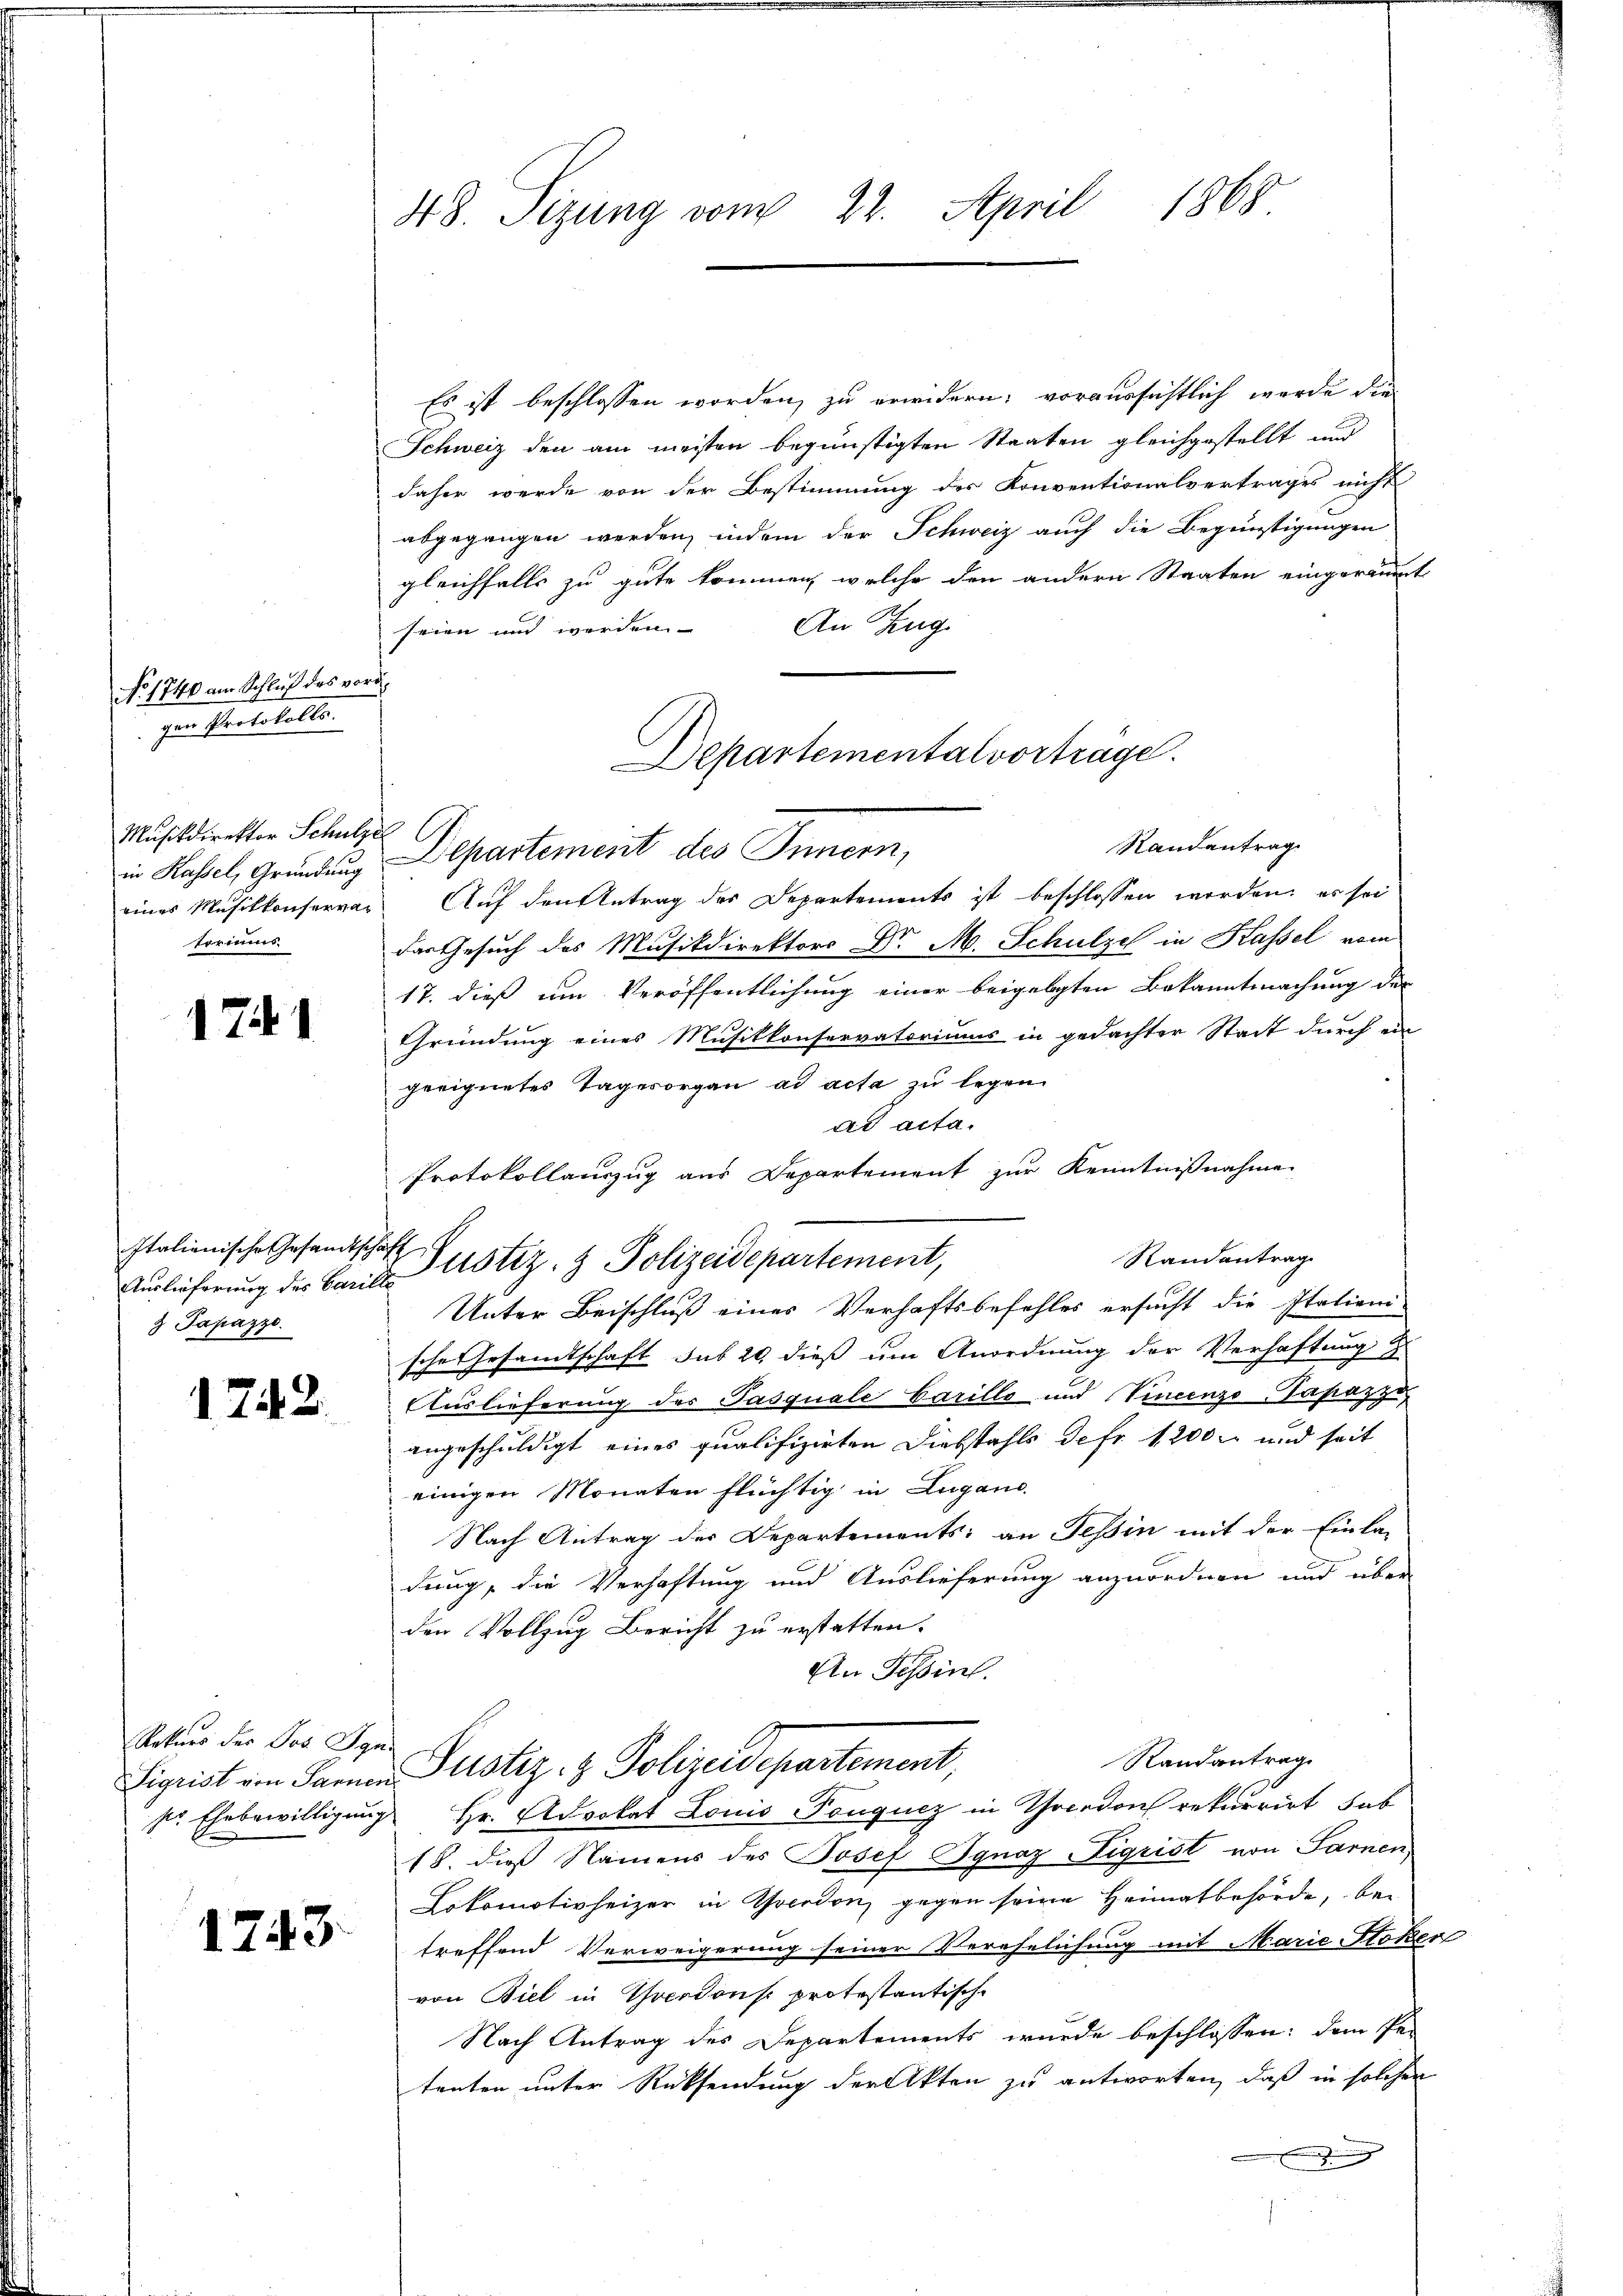
No. 1740 am Schluß des vordgen Protokolls.
Musikdirektor Schulze
Formus.

1741

Auslieferung des Carille
3 Papazzo.

1742.

Es ist beschlossen worden, zu erwidern; voraussichtlich werde die
Schweiz den am meisten begünstigten Staaten gleichgestellt und
daher werde von der Bestimmung des Konventionalvertrages nicht
abgegangen werden, indem der Schweiz auch die Begünstigungen
gleichfalls zu gute kommen, welche den andern Staaten eingeräumt
An Zug.
seien und werden
in Kassel, Gründung Departement des Innern,
eines Musikkonservar Auf den Antrag des Departements ist beschlossen werden, es sei
der Gesuch des Musikdirektors Dr. M. Schulzel in Kassel vom
17. dieß um Veröffentlichung einer beigelegten Bekanntmachung der
Gründung eines Musikkonservatoriums in gedachter Stadt durch ein
geeignetes Tagesorgan ad acta zu legen
ad acta.
Protokollauszug aus Departement zur Kenntnißnahme
Randantrag
Unter Beischluß eines Verhaftsbefehles ersucht die Itationi-
sche Gesamtschaft sub 20. dieß um Anordnung der Verhaftung z
Auslieferung des Pasquale Carille und Vincenzo-Tapazz
angeschuldigt eines qualifizirten Diebstahls defr 1200 und seit
einigen Monaten flüchtig in Lugano.
Nach Antrag der Departements: an Tessin mit der Einla-
dung, die Verhaftung und Auslieferung anzuordnen und über
den Vollzug Bericht zu erstatten.
An Tessin.
Randantrag.
Sigrist von Sarnen Pustiz- & Polizeidepartement,
pr. Ehebewilligung Hr. Advokat Louis Ponquez in Theodon rekurrirt hab
18. dieß Namens des Josef Ignaz Sigrist von Sarnen
Lokomotivheizer in Yverdon, gegen seine Heimatbehörde, bei
treffend Verweigerung seiner Verehelichung mit Marie Stoker
von Biel in Yverdons protestantische
Nach Antrag des Departements wurde beschlossen: dem Petenten unter Rücksendung der Akten zu antworten, daß in solcher
g

Rekurs der Jos Ign

1243.

196
48. Sizung vom 22. April

Departementalvortrage.

Italienische Gesandtschaft Justiz- & Polizeidepartement,

Randantrag.